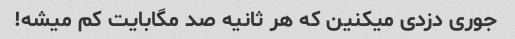
جوری دزدی میکنین که هر ثانیه صد مگابایت کم میشه!